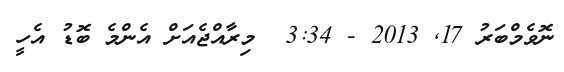
ނޮވެމްބަރު 17